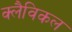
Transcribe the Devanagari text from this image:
क्लैविकल